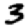
Digit: 3